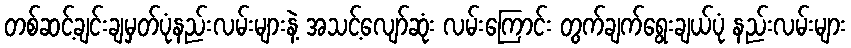
တစ်ဆင့်ချင်းချမှတ်ပုံနည်းလမ်းများနဲ့ အသင့်လျော်ဆုံး လမ်းကြောင်း တွက်ချက်ရွေးချယ်ပုံ နည်းလမ်းများ